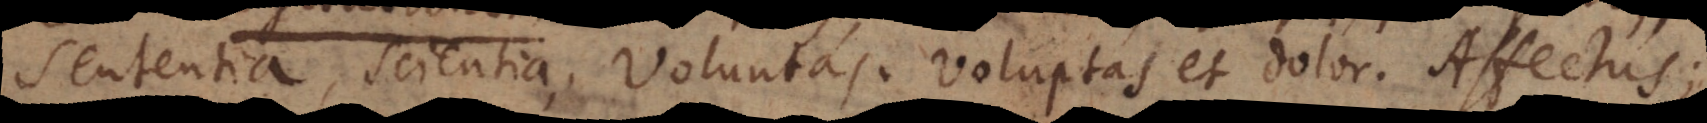
Sententia, Scientia, Voluntas, Voluptas et Dolor. Affectus;